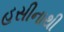
હસીનાથી